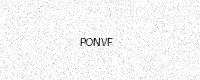
Text: PONVF